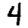
Digit: 4